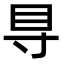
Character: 𥃷